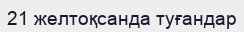
21 желтоқсанда туғандар